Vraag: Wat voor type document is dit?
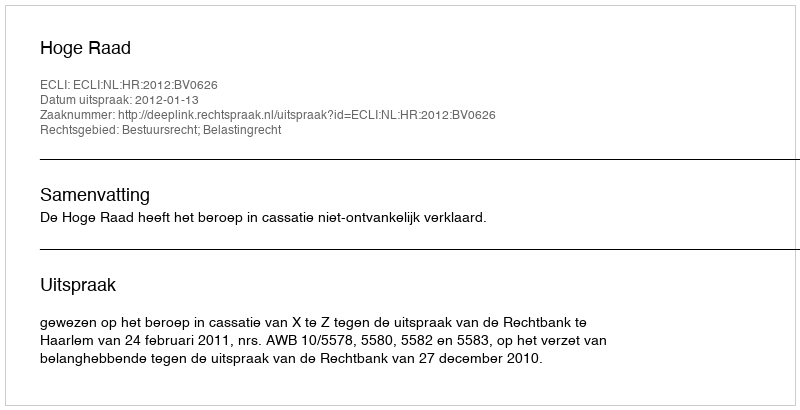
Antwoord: Uitspraak